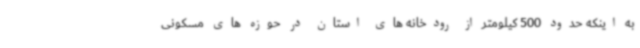
به اینکه حدود 500 کیلومتر از رودخانه های استان در حوزه های مسکونی